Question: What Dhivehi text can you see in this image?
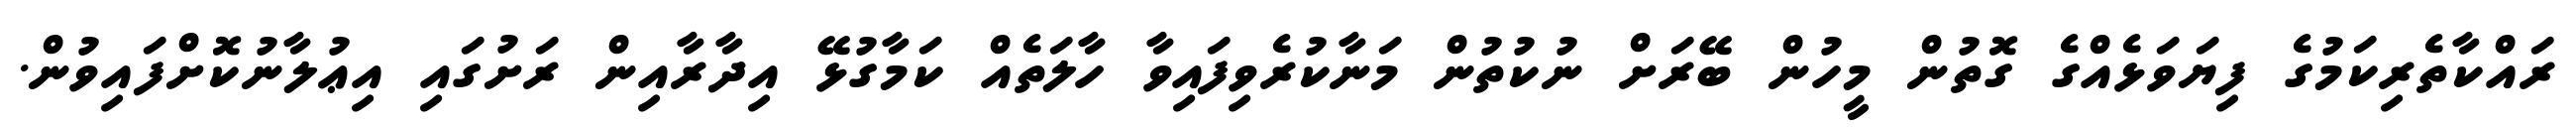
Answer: ރައްކާތެރިކަމުގެ ފިޔަވަޅެއްގެ ގޮތުން މީހުން ބޭރަށް ނުކުތުން މަނާކުރެވިފައިވާ ހާލަތެއް ކަމާގުޅޭ އިދާރާއިން ރަށުގައި އިޢުލާނުކޮށްފައިވުން.